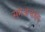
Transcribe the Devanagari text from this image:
समअचक्ष्ङ्